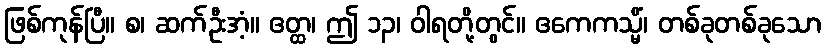
ဖြစ်ကုန်ပြီ။ စ၊ ဆက်ဦးအံ့။ ဧတ္ထ၊ ဤ ၁၃၊ ဝါရတို့တွင်။ ဧကေကသ္မိံ၊ တစ်ခုတစ်ခုသော